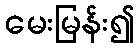
မေးမြန်း၍